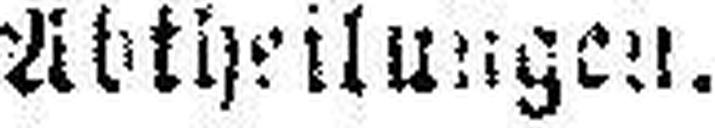
Abtheilungen.